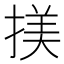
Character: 𢱒